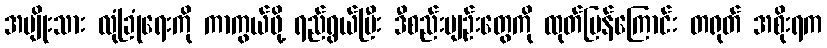
အမျိုးသား လုံခြုံရေးကို ကာကွယ်ဖို့ ရည်ရွယ်ပြီး ဒီစည်းမျဉ်းတွေကို ထုတ်ပြန်ကြောင်း တရုတ် အစိုးရက